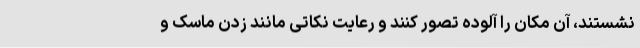
نشستند، آن مکان را آلوده تصور کنند و رعایت نکاتی مانند زدن ماسک و